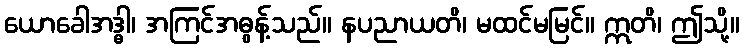
ယောခေါအဒ္ဓါ၊ အကြင်အဓွန့်သည်။ နပညာယတိ၊ မထင်မမြင်။ ဣတိ၊ ဤသို့။